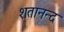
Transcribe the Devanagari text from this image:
शतानन्द